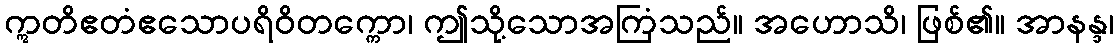
ဣတိဧတံဧသောပရိဝိတက္ကော၊ ဤသို့သောအကြံသည်။ အဟောသိ၊ ဖြစ်၏။ အာနန္ဒ၊